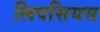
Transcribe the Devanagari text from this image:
लिपसियस